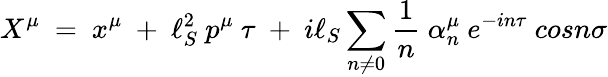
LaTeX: X^{\mu}~=~x^{\mu}~+~\ell_{S}^{2}~p^{\mu}~\tau~+~i\ell_{S}\sum_{n\ne 0}\frac{1}{n}~\alpha_{n}^{\mu}~e^{-in\tau}~cosn\sigma